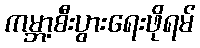
ကမ္ဘာ့စီးပွားရေးဖိုရမ်